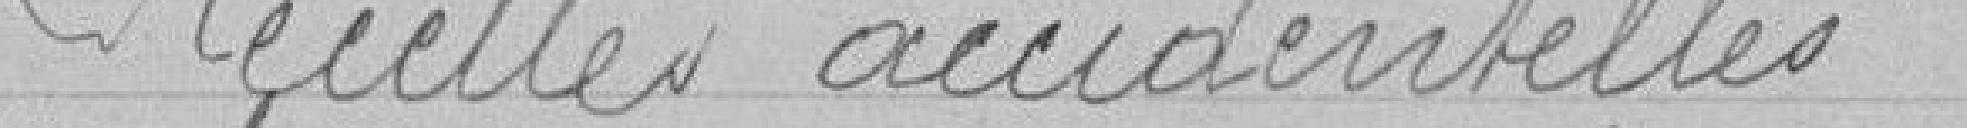
Recettes accidentelles